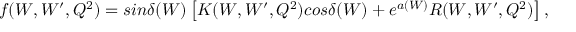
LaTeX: f ( W , W ^ { \prime } , Q ^ { 2 } ) = s i n \delta ( W ) \left[ K ( W , W ^ { \prime } , Q ^ { 2 } ) c o s \delta ( W ) + e ^ { a ( W ) } R ( W , W ^ { \prime } , Q ^ { 2 } ) \right] ,